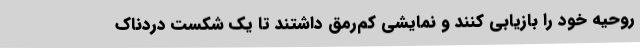
روحیه خود را بازیابی کنند و نمایشی کم‌رمق داشتند تا یک شکست دردناک